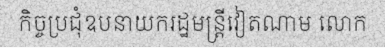
កិច្ចប្រជុំឧបនាយករដ្ឋមន្ត្រីវៀតណាម លោក